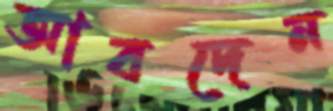
আবদেন